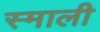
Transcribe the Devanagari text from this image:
स्माली